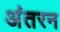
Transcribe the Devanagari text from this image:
अंतरन